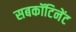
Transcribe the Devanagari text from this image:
सबकॉटिनेंट